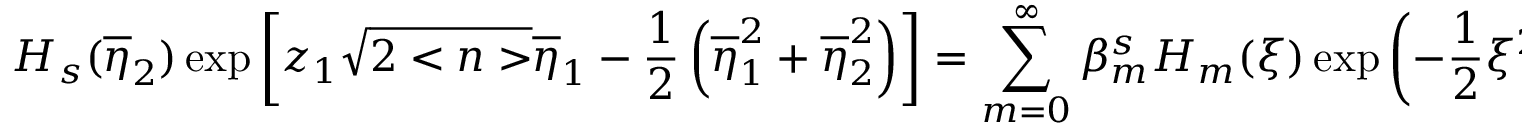
H _ { s } ( \overline { { { \eta } } } _ { 2 } ) \exp \left[ z _ { 1 } \sqrt { 2 < n > } \overline { { { \eta } } } _ { 1 } - \frac 1 2 \left( \overline { { { \eta } } } _ { 1 } ^ { 2 } + \overline { { { \eta } } } _ { 2 } ^ { 2 } \right) \right] = \sum _ { m = 0 } ^ { \infty } \beta _ { m } ^ { s } H _ { m } ( \xi ) \exp \left( - \frac 1 2 \xi ^ { 2 } \right) ,